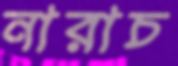
নারাচ